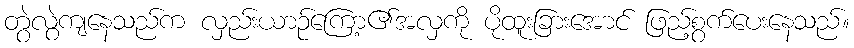
တွဲလွဲကျနေသည်က လှည်းယာဉ်ကြော့၏အလှကို ပိုထူးခြားအောင် ဖြည့်စွက်ပေးနေသည်။